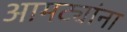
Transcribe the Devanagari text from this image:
आमट्यांना